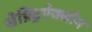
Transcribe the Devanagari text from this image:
सेफ़्ट्रिऐक्सोन